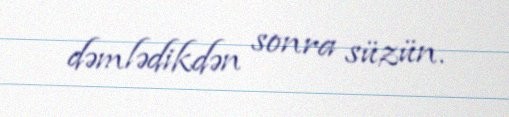
dəmlədikdən sonra süzün.